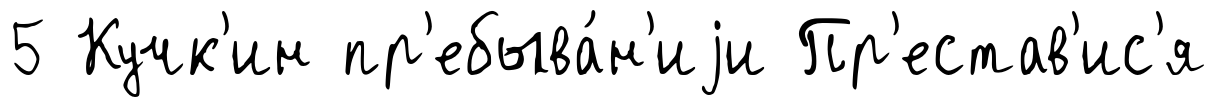
5 Кучк'ин пр'ебыва́н'иjи Пр'естав'ис'я